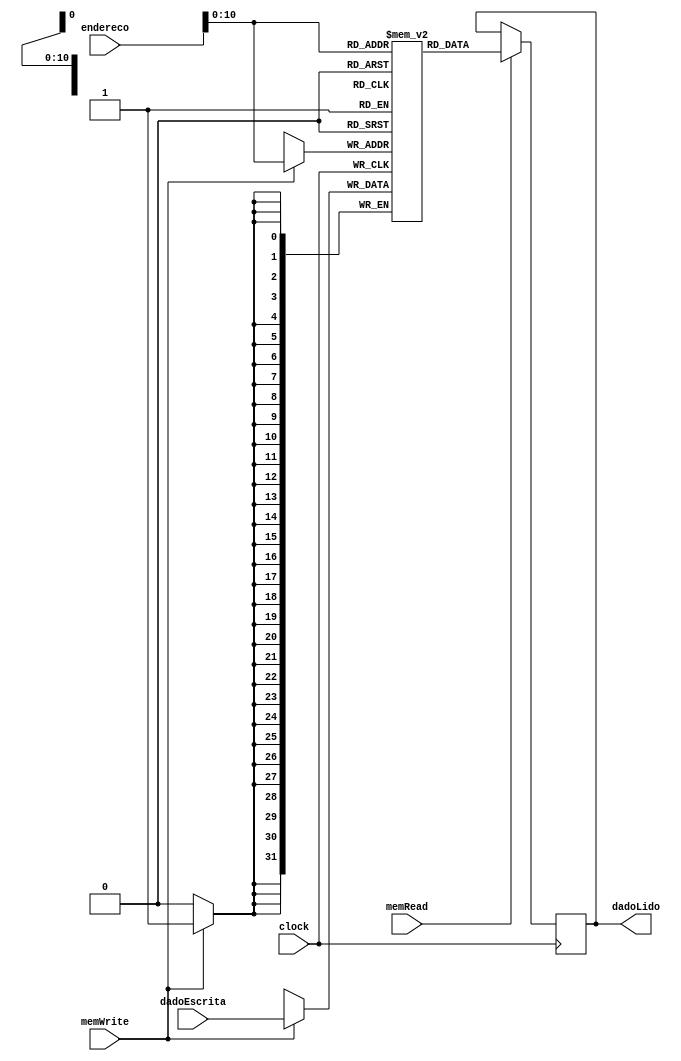
module memoria_dados(clock, memRead, memWrite, endereco, dadoEscrita, dadoLido);

    input clock;
    input memRead;
    input memWrite;
    input [31:0]endereco;
    input [31:0]dadoEscrita;

    output reg [31:0]dadoLido;

    reg [31:0]dados[1599:0];

    always @(posedge clock)begin
      if(memRead == 1)begin
        dadoLido <= dados[endereco];
      end
    end

    always @(negedge clock)begin
      if(memWrite == 1)begin
        dados[endereco] <= dadoEscrita;
      end
    end
endmodule